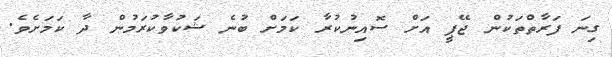
ގިނަ ފަރާތްތަކުން ޖޭޕީ އަށް ސޮއިނުކުރާ ކަމަށް ބުނެ ޝަކުވާކުރަމުން ދާ ކަމަށެވެ.